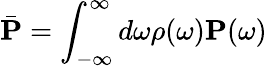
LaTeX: \bar{\mathbf P}=\int_{-\infty}^{\infty}d\omega\rho(\omega)\mathbf P(\omega)